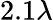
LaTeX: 2.1\lambda